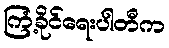
ကြံ့ခိုင်ရေးပါတီက